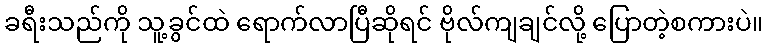
ခရီးသည်ကို သူ့ခွင်ထဲ ရောက်လာပြီဆိုရင် ဗိုလ်ကျချင်လို့ ပြောတဲ့စကားပဲ။